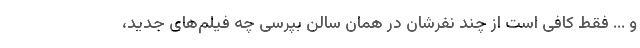
و ... فقط کافی است از چند نفرشان در همان سالن بپرسی چه فیلم‌های جدید،